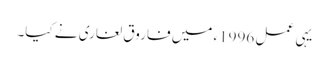
یہی عمل 1996ء میں فاروق لغاری نے کیا۔